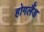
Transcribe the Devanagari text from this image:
होगलैंड